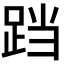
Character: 𮛗